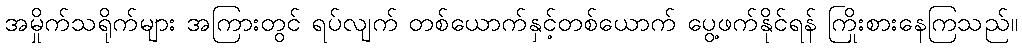
အမှိုက်သရိုက်များ အကြားတွင် ရပ်လျက် တစ်ယောက်နှင့်တစ်ယောက် ပွေ့ဖက်နိုင်ရန် ကြိုးစားနေကြသည်။